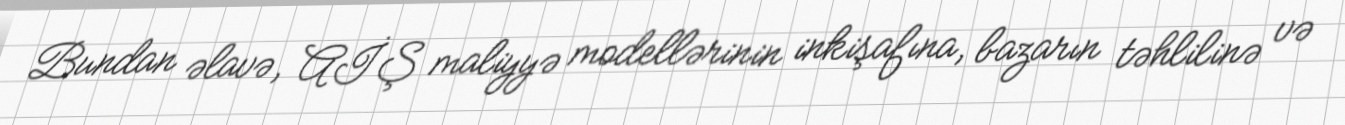
Bundan əlavə, AİŞ maliyyə modellərinin inkişafına, bazarın təhlilinə və